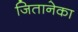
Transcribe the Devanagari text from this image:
जितानेका